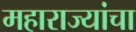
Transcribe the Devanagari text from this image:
महाराज्यांचा